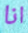
انا